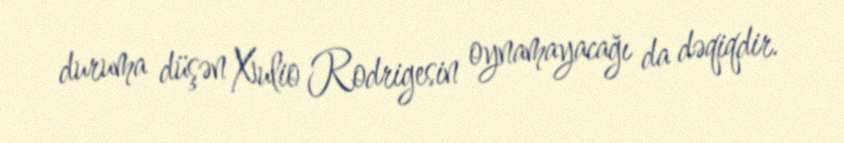
duruma düşən Xulio Rodrigesin oynamayacağı da dəqiqdir.